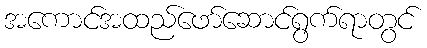
အကောင်အထည်ဖော်ဆောင်ရွက်ရာတွင်